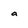
Character: a